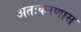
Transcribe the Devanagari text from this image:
अंतःकरणास